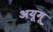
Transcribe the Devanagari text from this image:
अयूमू